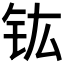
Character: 𮣳